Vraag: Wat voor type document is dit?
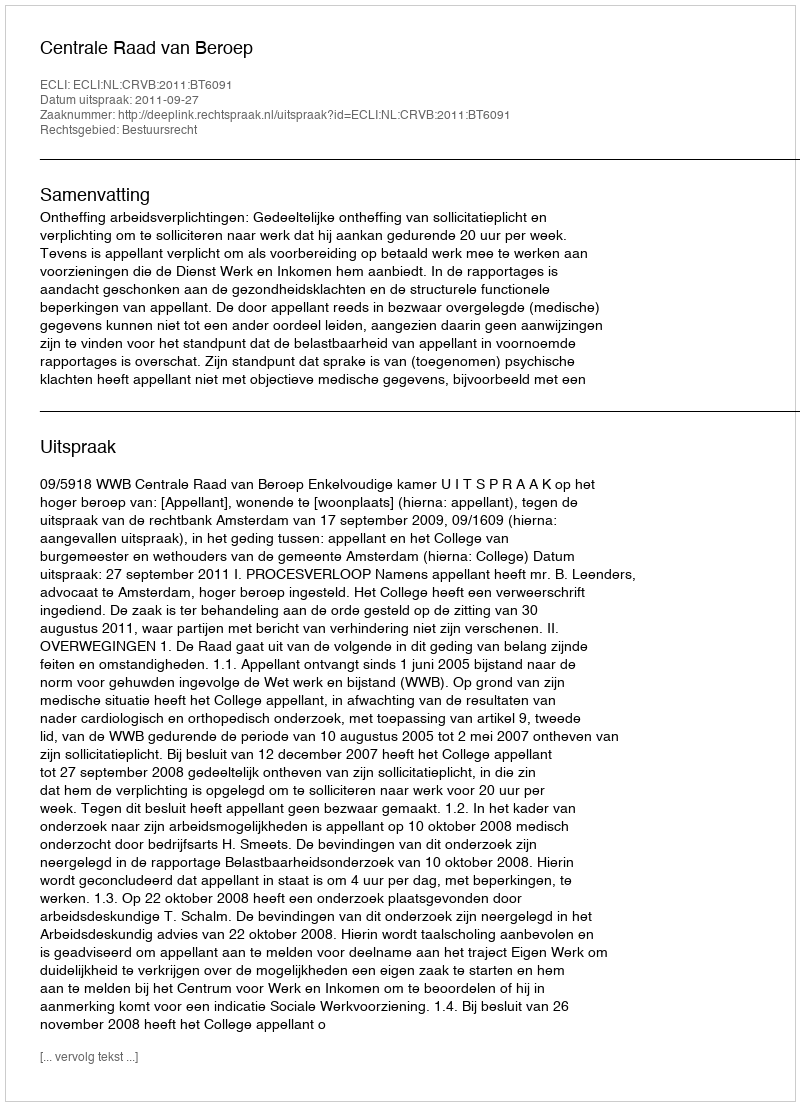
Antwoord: Uitspraak